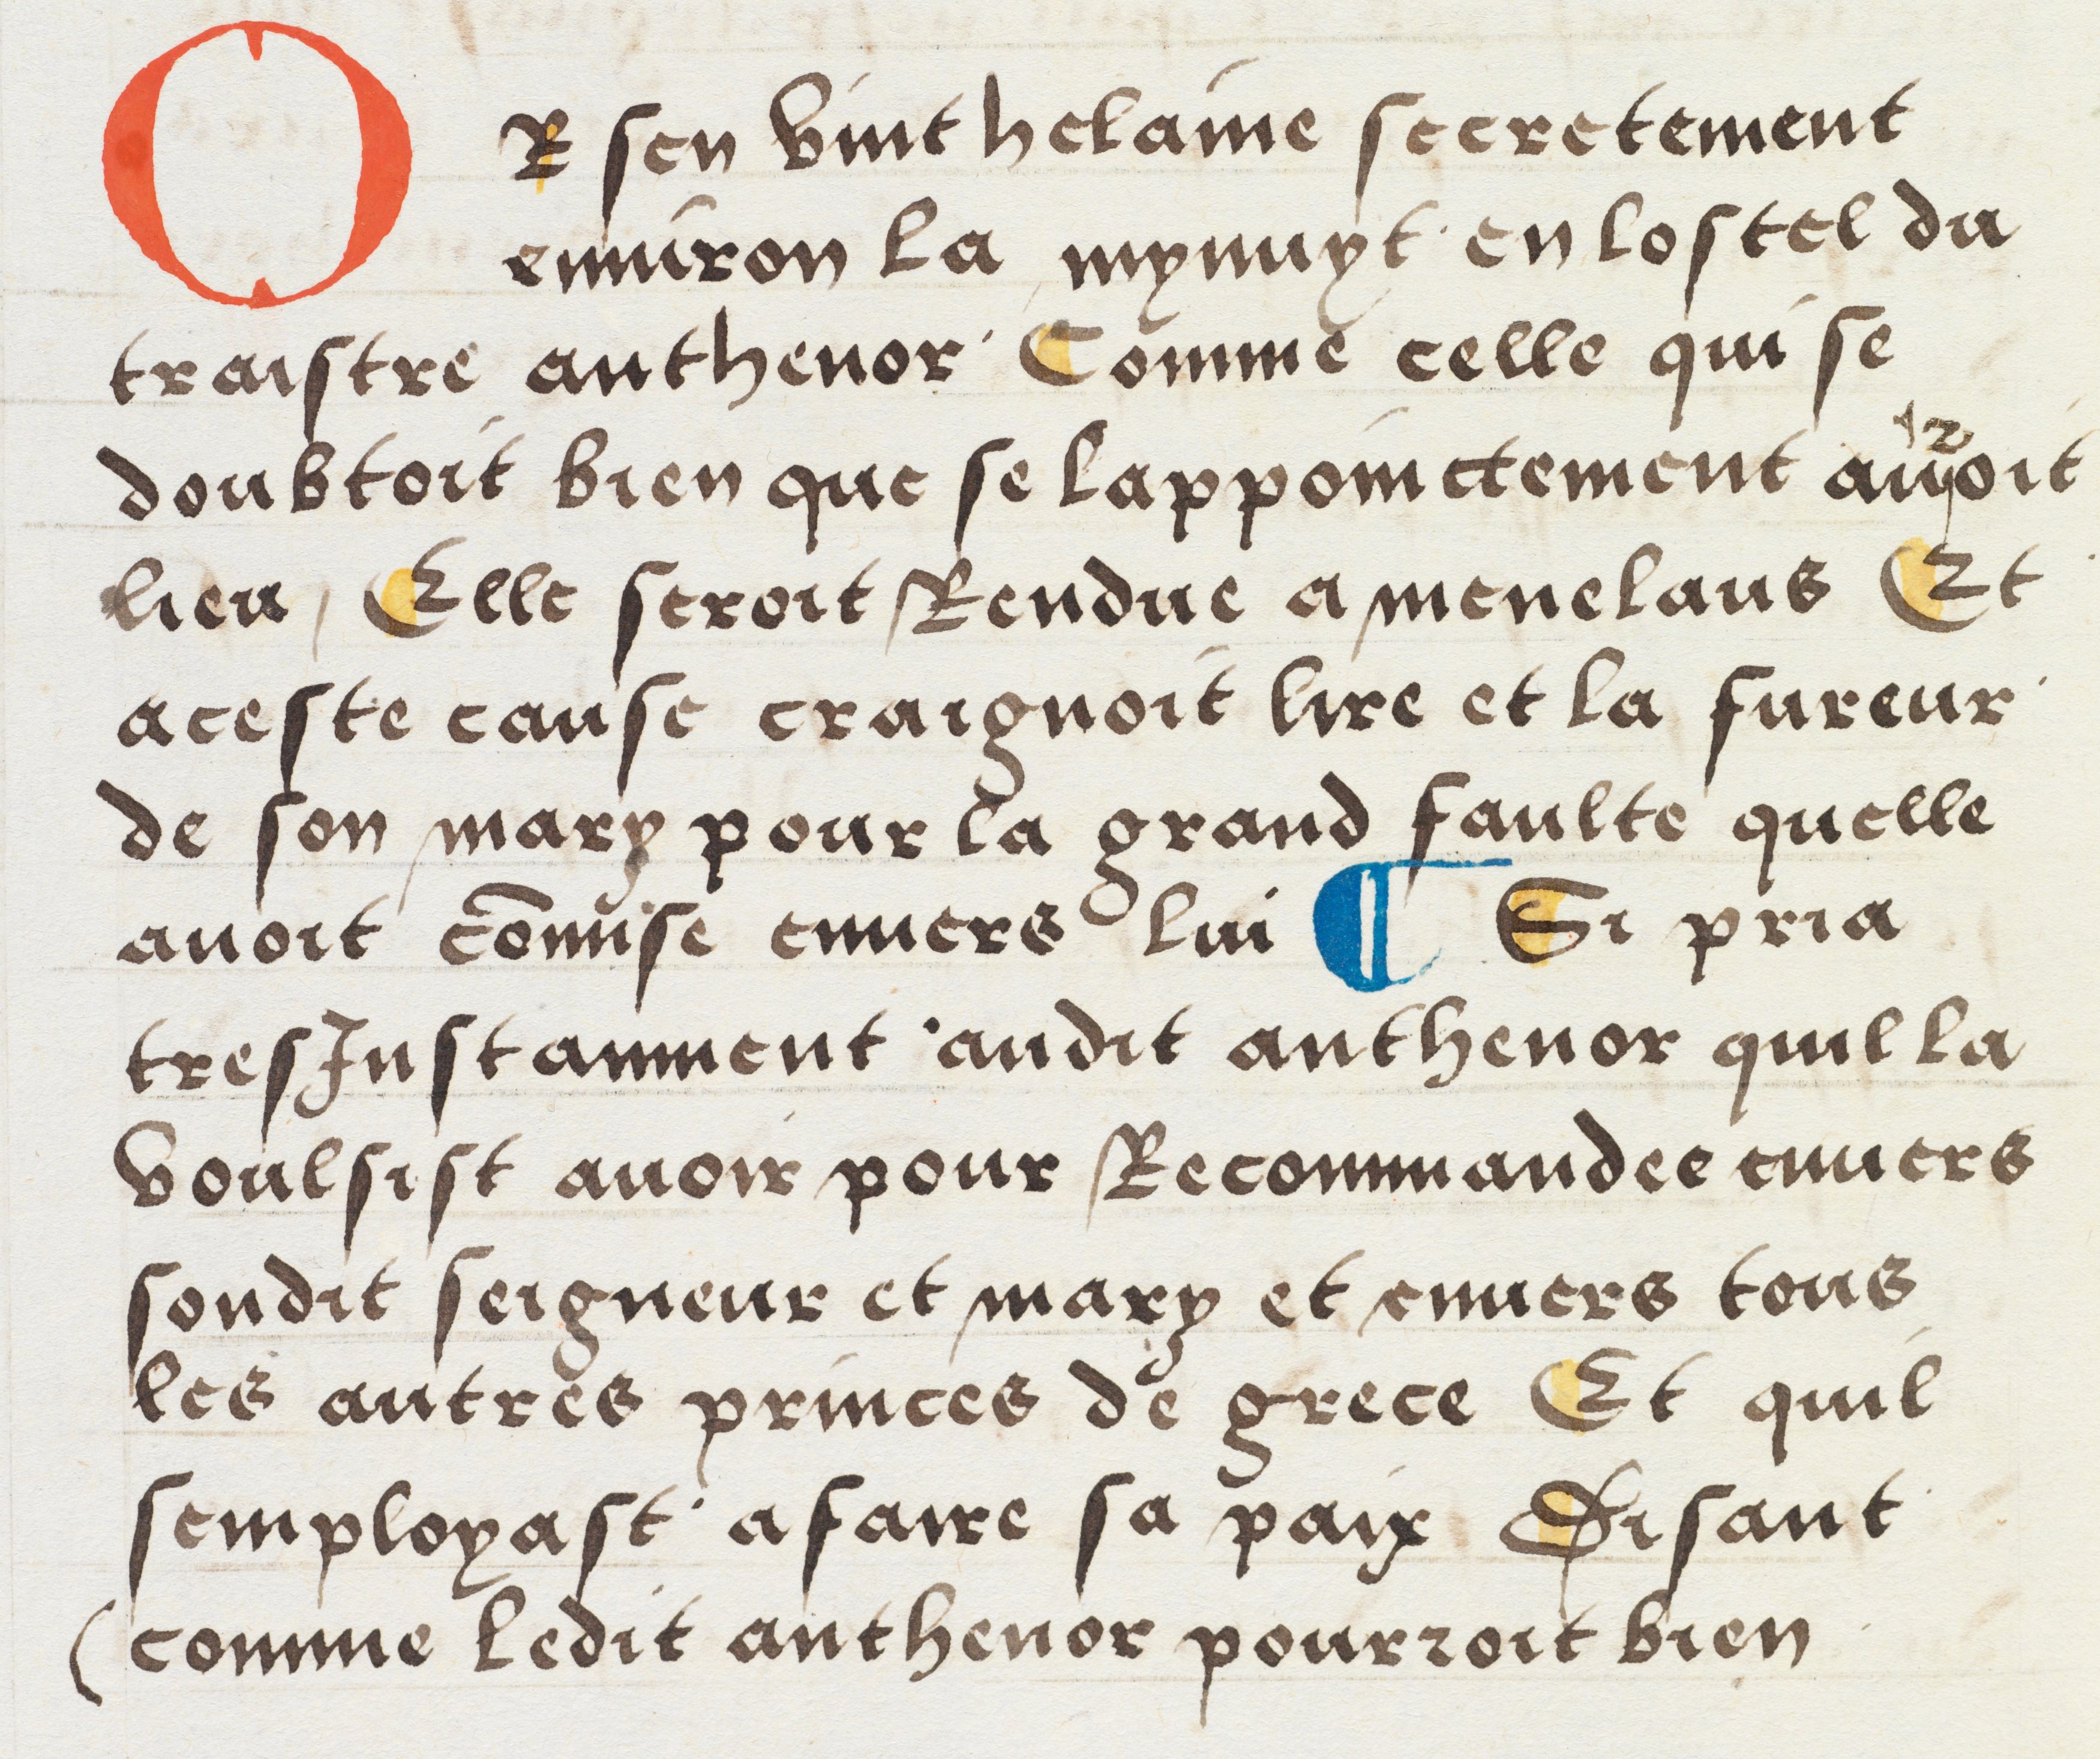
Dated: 1512–1524